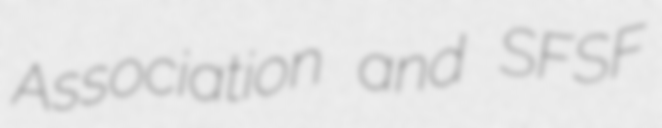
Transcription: Association and SFSF